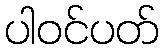
ပါဝင်ပတ်